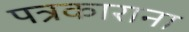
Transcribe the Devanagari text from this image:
पत्रकाराना